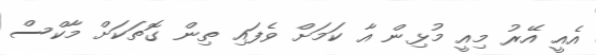
އެއީ އޭރު މިއީ މުޅިން އާ ކަމަށް ވެފައި ތިން ގޮތަކަށް މާކްސް